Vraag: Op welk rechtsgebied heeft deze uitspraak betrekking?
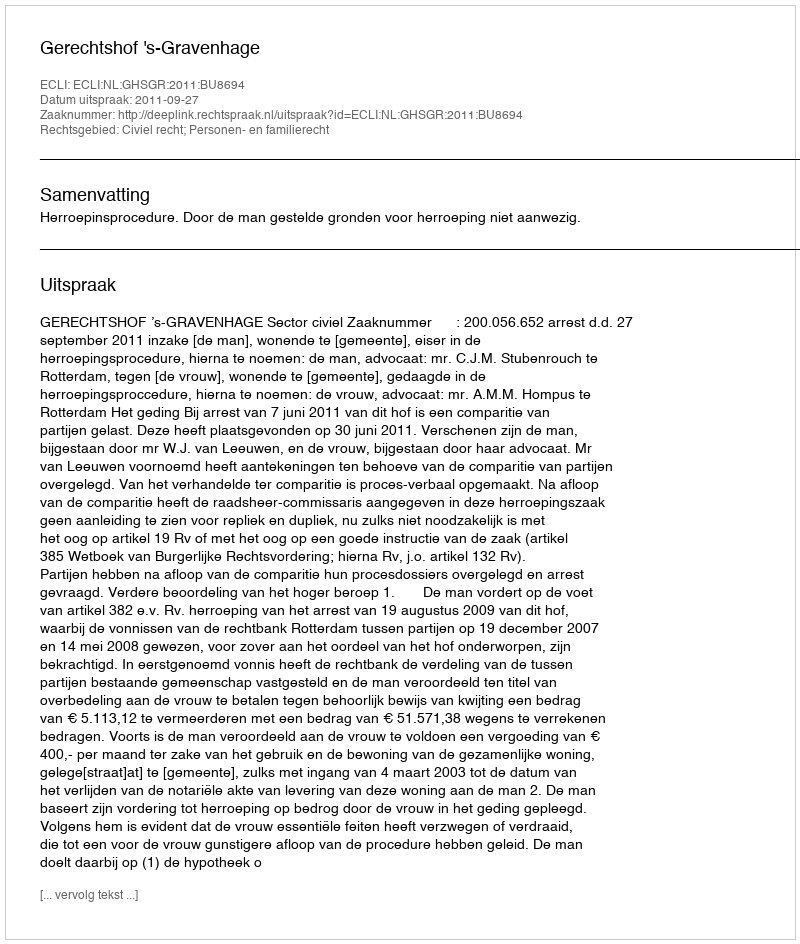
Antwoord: Civiel recht; Personen- en familierecht